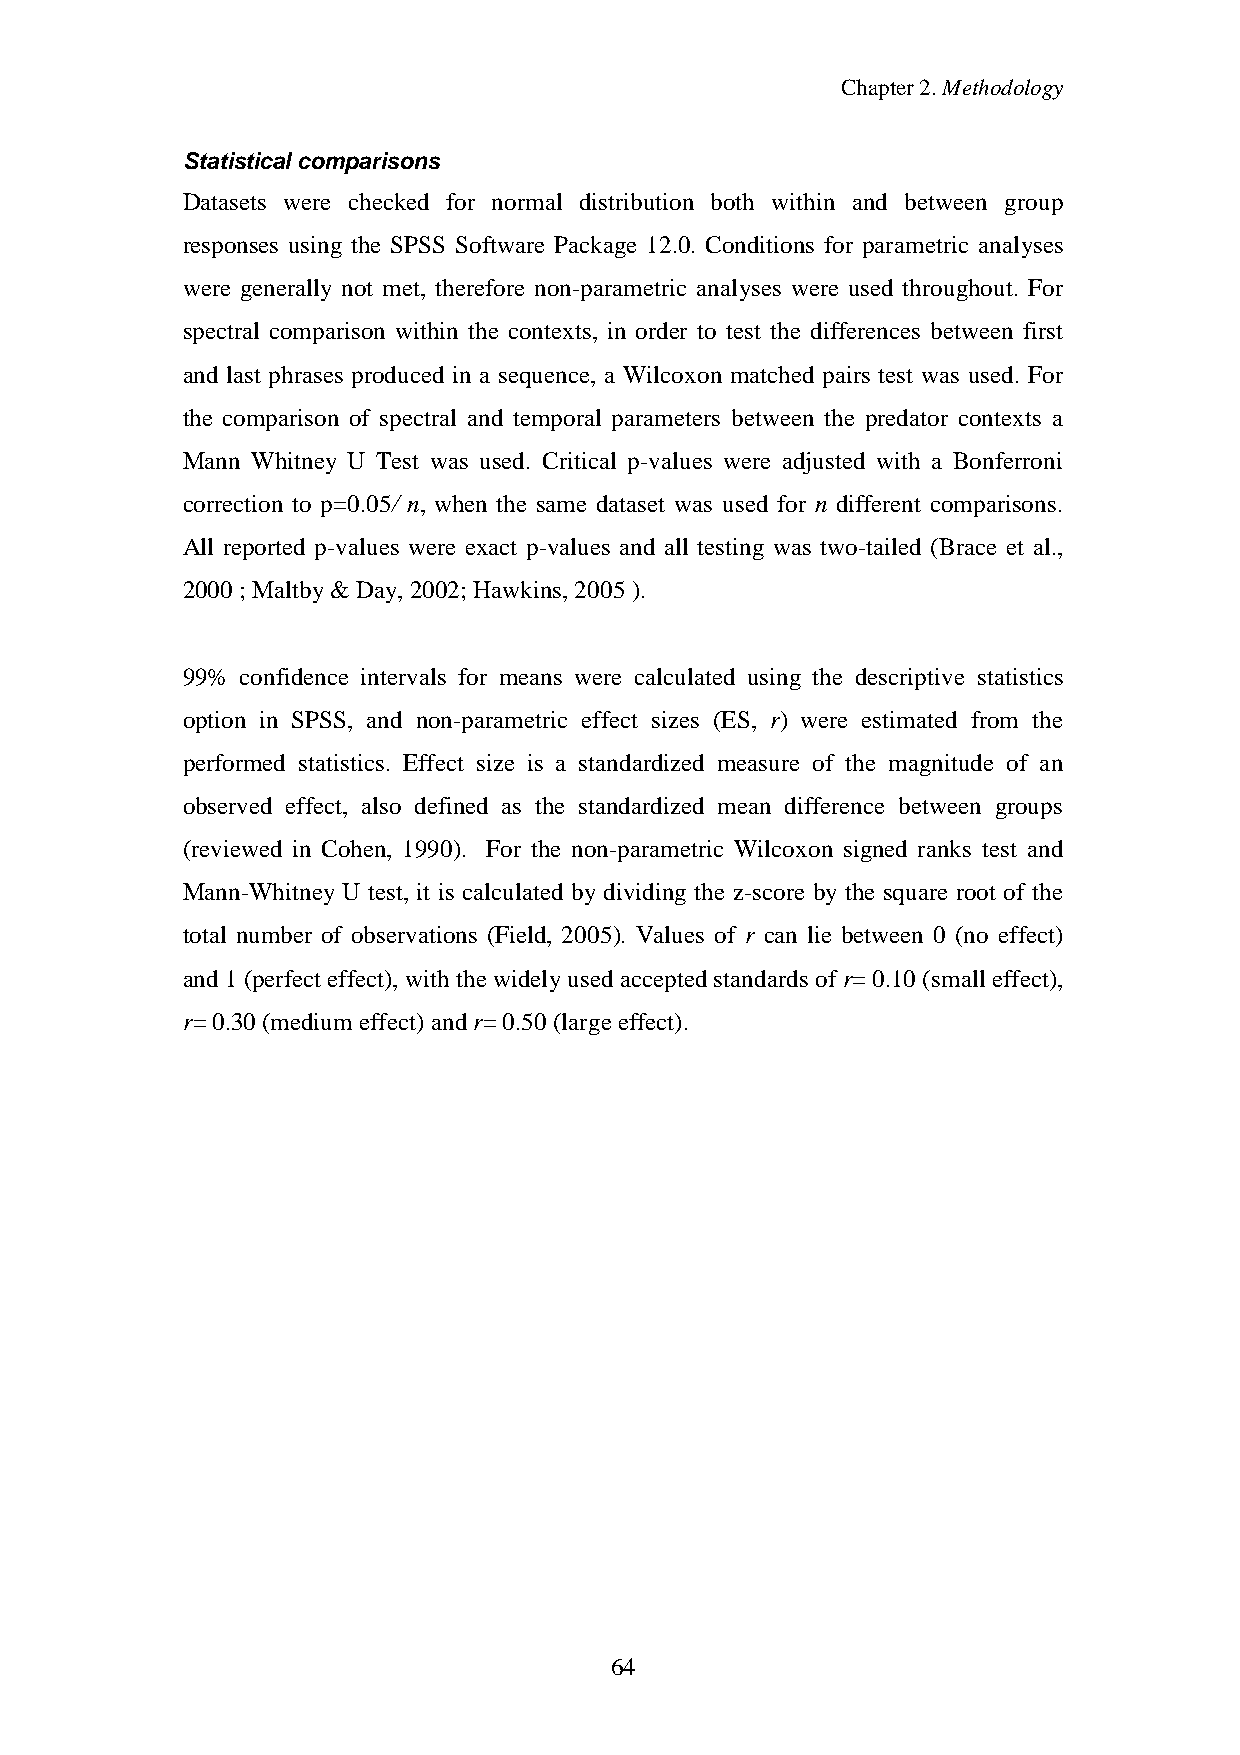
Chapter2.Methodology
 Statistical comparisons
 Datasets were checked for normal distribution both within and between group
 responses using the SPSS Software Package 12.0. Conditions for parametric analyses
 were generally not met, therefore non-parametric analyses were used throughout. For
 spectral comparison within the contexts, in order to test the differences between first
 and last phrases produced in a sequence, a Wilcoxon matched pairs test was used. For
 the comparison of spectral and temporal parameters between the predator contexts a
 Mann Whitney U Test was used. Critical p-values were adjusted with a Bonferroni
 correction to p=0.05/ n, when the same dataset was used for n different comparisons.
 All reported p-values were exact p-values and all testing was two-tailed (Brace et al.,
 2000; Maltby& Day,2002; Hawkins, 2005).
 99% confidence intervals for means were calculated using the descriptive statistics
 option in SPSS, and non-parametric effect sizes (ES, r) were estimated from the
 performed statistics. Effect size is a standardized measure of the magnitude of an
 observed effect, also defined as the standardized mean difference between groups
 (reviewed in Cohen, 1990). For the non-parametric Wilcoxon signed ranks test and
 Mann-Whitney U test, it is calculated by dividing the z-score by the square root of the
 total number of observations (Field, 2005). Values of r can lie between 0 (no effect)
 and1 (perfect effect), withthewidelyused acceptedstandards of r= 0.10(small effect),
 r=0.30(medium effect) and r=0.50(largeeffect).
 64